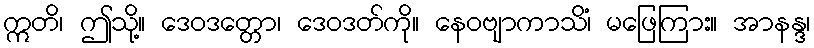
ဣတိ၊ ဤသို့။ ဒေဝဒတ္တော၊ ဒေဝဒတ်ကို။ နေဝဗျာကာသိံ၊ မဖြေကြား။ အာနန္ဒ၊